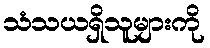
သံသယရှိသူများကို